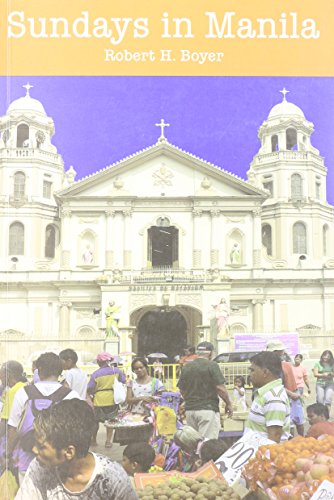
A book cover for Sundays in Manila; Robert H. Boyer; Travel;